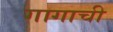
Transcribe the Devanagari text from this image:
गागाची